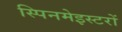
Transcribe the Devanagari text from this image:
स्पिनमेइस्टरों